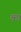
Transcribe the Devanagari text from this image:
का